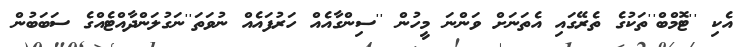
އެކި ''ޓޮމްބް''ތަކުގެ ތެރޭގައި އެތަނަށް ވަންނަ މީހުން ''ސިންގާއެއް ހަރުފައެއް ނުވަތަ''ނަގުލަންދާއްޓެއްގެ ސަބަބުން